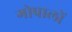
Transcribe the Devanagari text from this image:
गोपालों